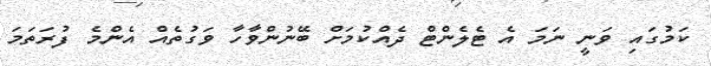
ކަމުގައި ވަނީ ނަމަ އެ ޓެލެންޓް ދެއްކުމަށް ބޭނުންވާހާ ވަގުތެއް އެންމެ ފުރަތަމަ